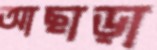
আছাড়া